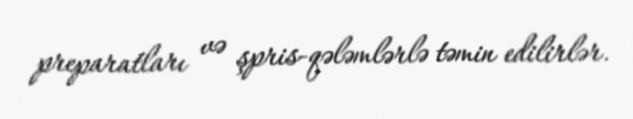
preparatları və şpris-qələmlərlə təmin edilirlər.